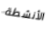
الأنشطة